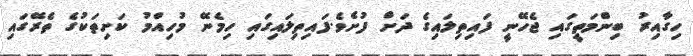
ހިގާއިރު ބިންމަތީގައި ޖެހޭނީ ފައިތިލައިގެ ދަށް ފުށެވެ.ފައިތިލައިގައި ހިމެނޭ މުހިއްމު ކަށިތަކުގެ ތެރޭގައި